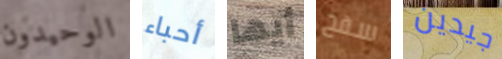
الوحيدون أحباء أيها سفح جيدين